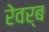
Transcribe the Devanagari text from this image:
रेवर्ब